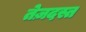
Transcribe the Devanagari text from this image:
तेज़दस्त